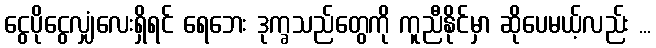
ငွေပိုငွေလျှံလေးရှိရင် ရေဘေး ဒုက္ခသည်တွေကို ကူညီနိုင်မှာ ဆိုပေမယ့်လည်း ...